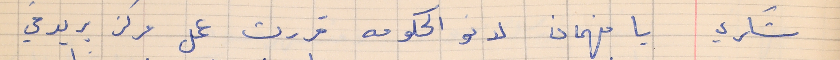
شكري    يا فهمان لانو الحكومه قررت عمل مركز بريد في